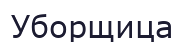
Уборщица